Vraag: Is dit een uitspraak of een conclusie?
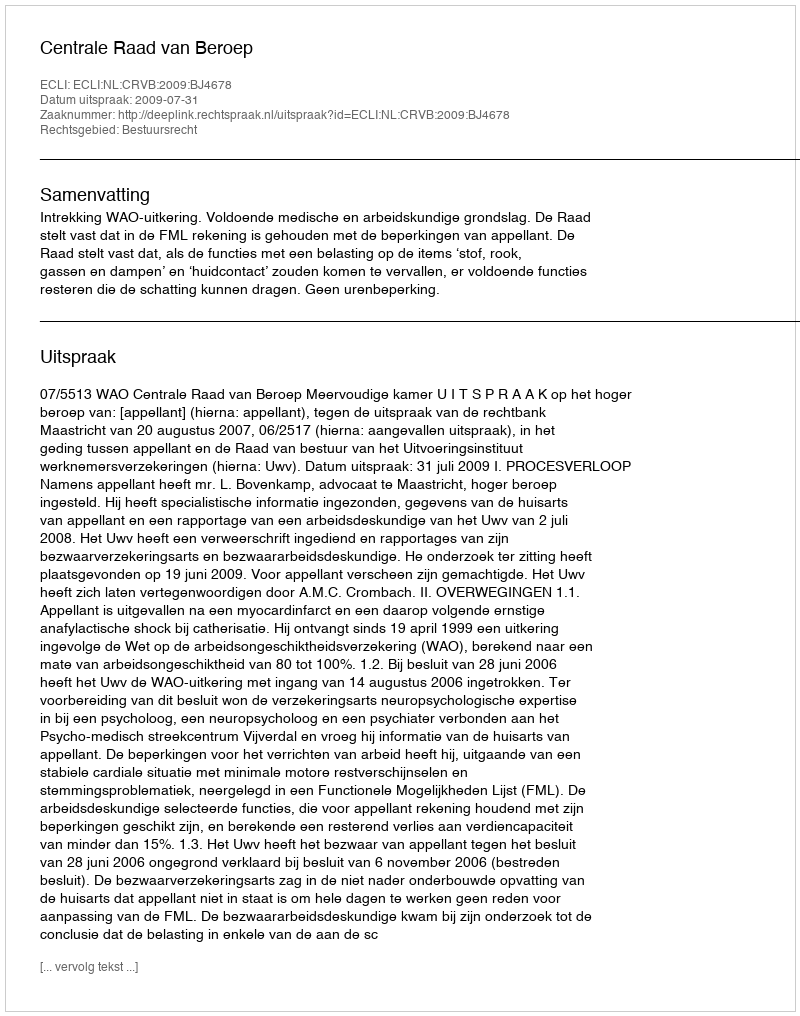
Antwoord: Uitspraak